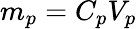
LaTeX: m_{p}=C_{p}V_{p}